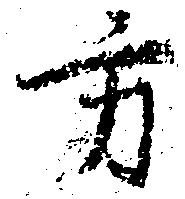
方